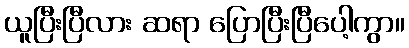
ယူပြီးပြီလား ဆရာ ပြောပြီးပြီပေါ့ကွာ။